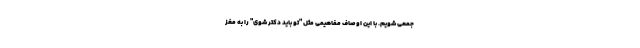
جمعی شویم. با این اوصاف مفاهیمی مثل "تو باید دکتر شوی" را به مغز